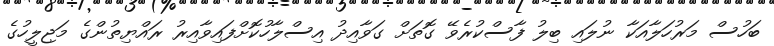
ބަހުސް މަރުހަލާއަކާ ނުލައި ބިލު ފާސްކުރެވޭ ގޮތަށް ގަވާއިދު އިސްލާހުކޮށްފައިވާއިރު ރައްޔިތުންގެ މަޖިލީހުގެ